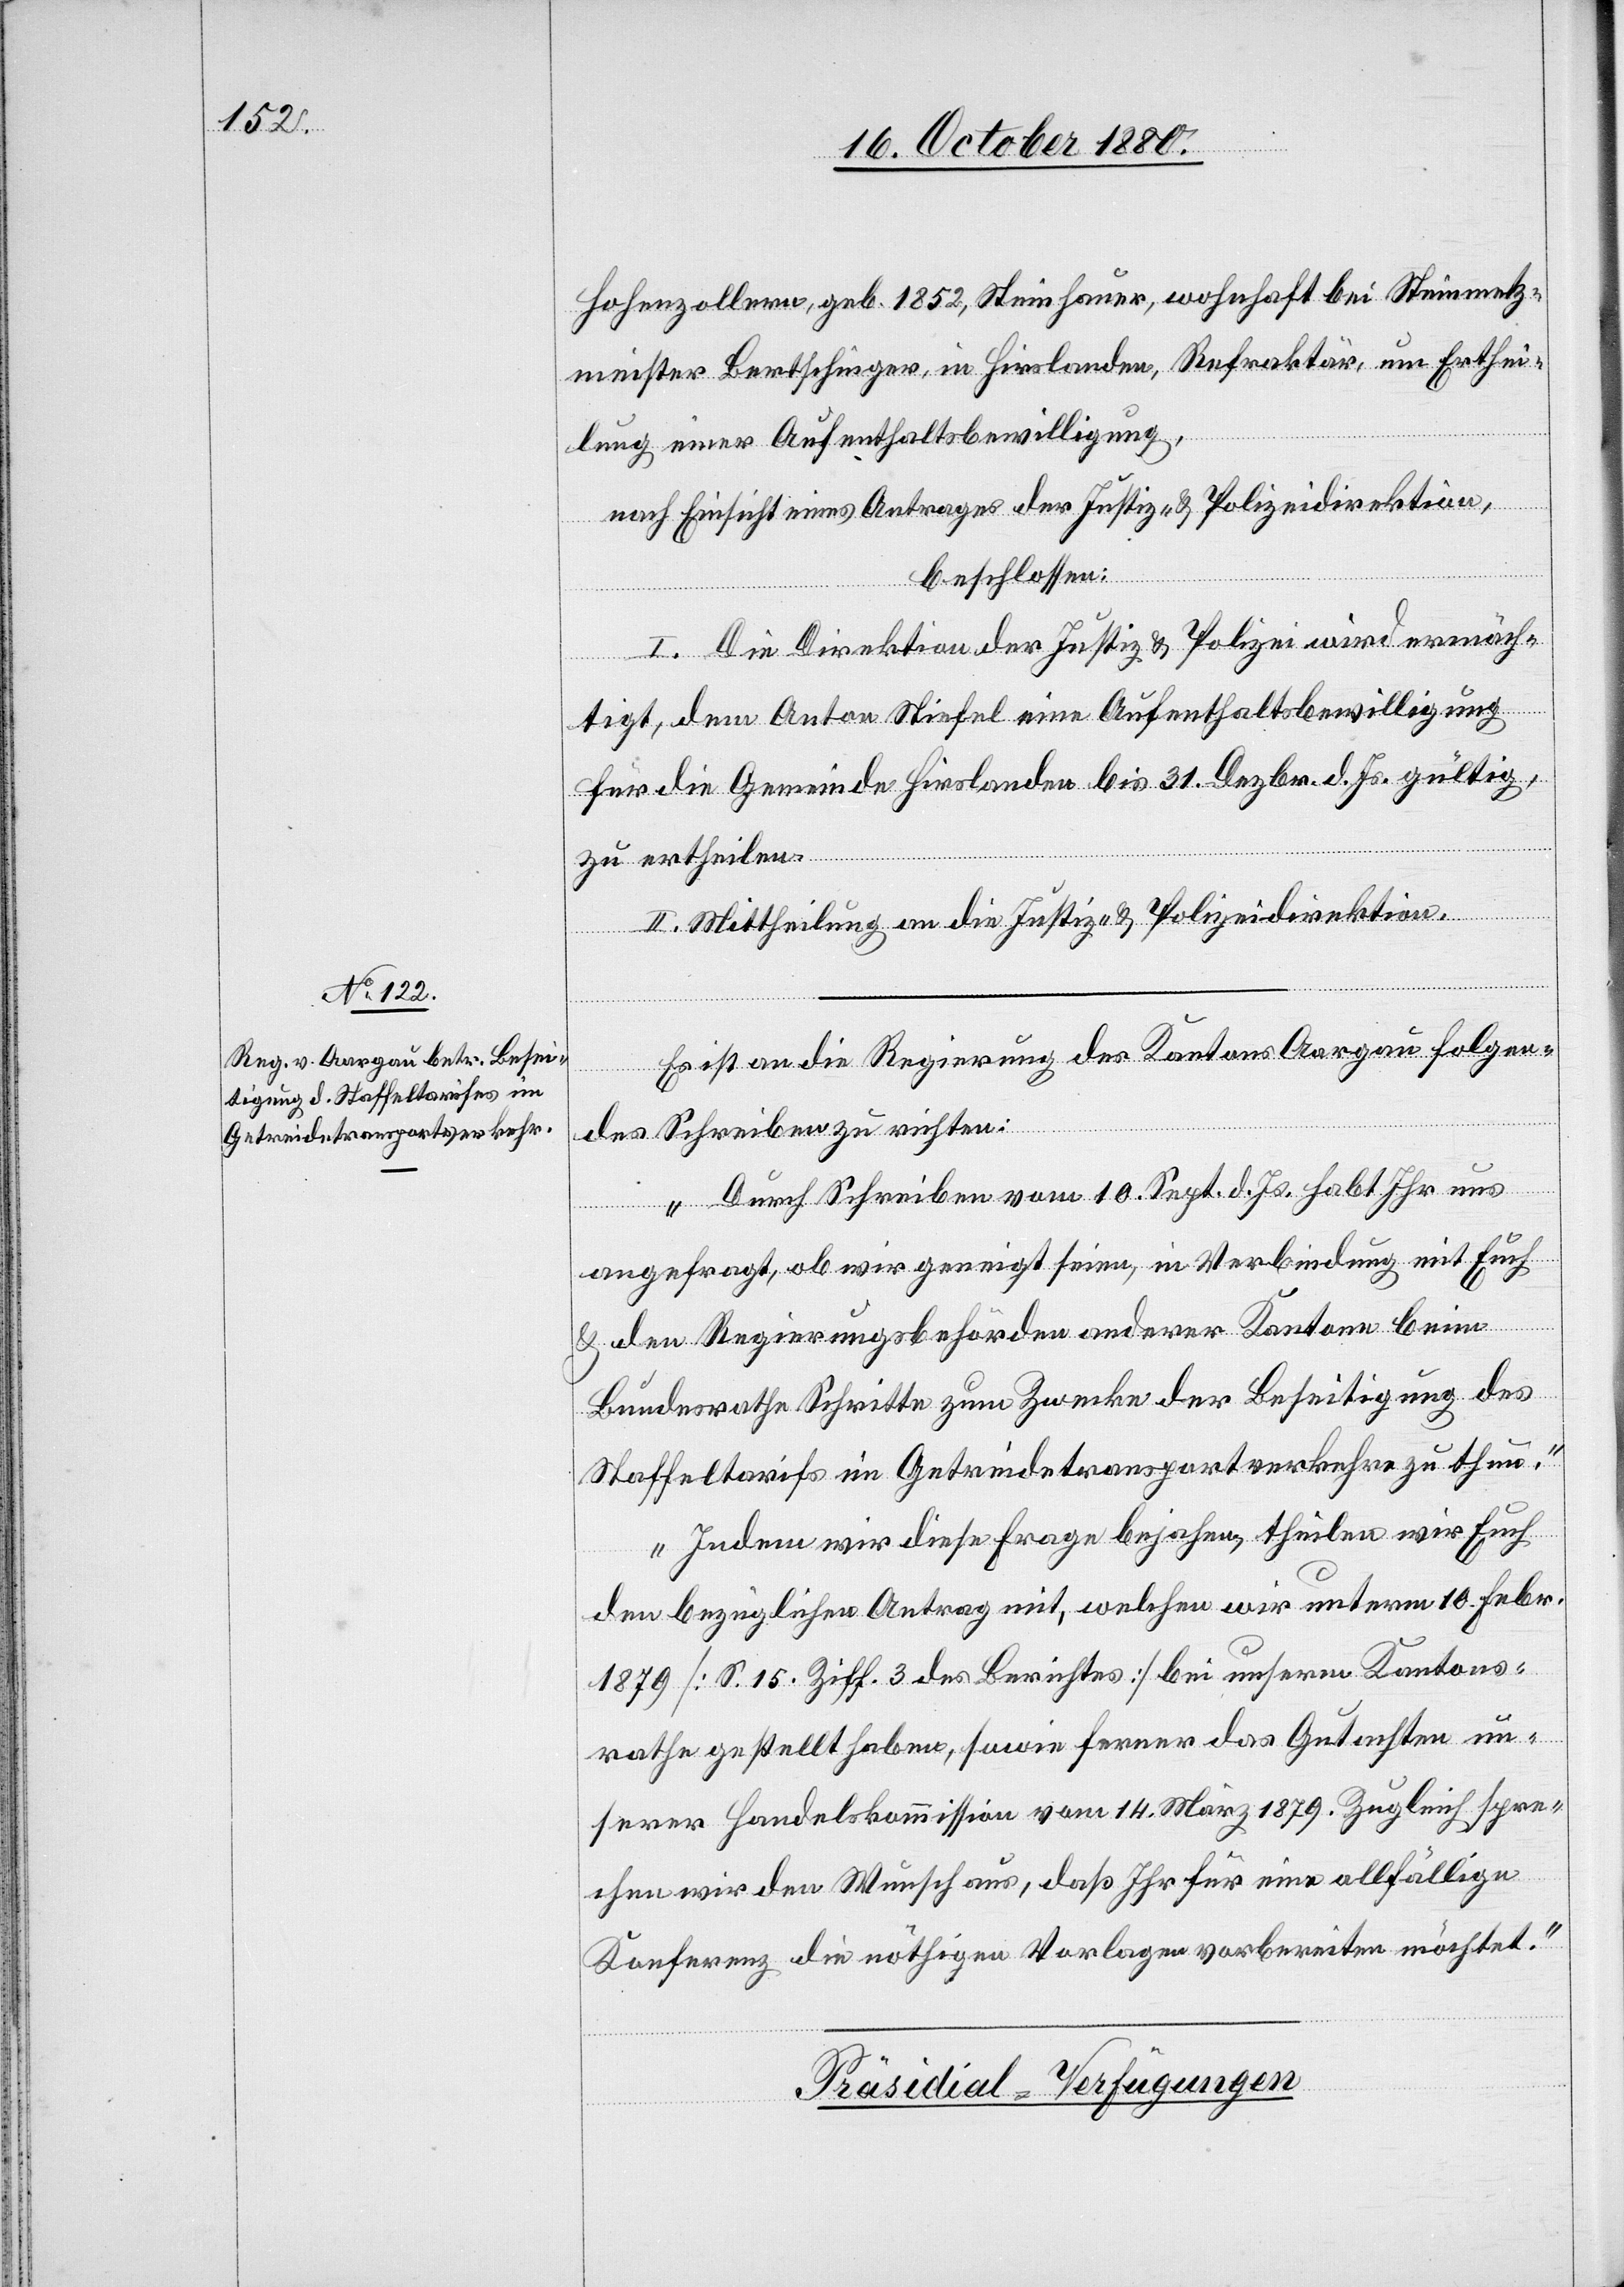
Hohenzollern, geb. 1852, Steinhauer, wohnhaft bei Steinmetz¬
meister Bertschinger, in Hirslanden, Refraktär um Erthei¬
lung einer Aufenthaltsbewilligung,
nach Einsicht eines Antrages der Justiz- & Polizeidirektion,
beschlossen:
I. Die Direktion der Justiz & Polizei wird ermäch¬
tigt, dem Anton Stiefel eine Aufenthaltsbewilligung
für die Gemeinde Hirslanden bis 31. Dezbr. d. Js. gültig,
zu ertheilen.
II. Mittheilung an die Justiz- & Polizeidirektion.
Es ist an die Regierung des Kantons Aargau folgen¬
des Schreiben zu richten:
„Durch Schreiben vom 10. Sept. d. Js. habt Ihr uns
angefragt, ob wir geneigt seien, in Verbindung mit Euch
& den Regierungsbehörden anderer Kantone beim
Bundesrathe Schritte zum Zwecke der Beseitigung des
Staffeltarifs im Getreidetransportverkehre zu thun.
Indem wir diese Frage bejahen, theilen wir Euch
den bezüglichen Antrag mit, welchen wir unterm 10. Febr.
1879 [S. 15. Ziff. 3 des Berichtes] bei unserm Kantons¬
rathe gestellt haben, sowie ferner das Gutachten un¬
serer Handelskommission vom 14. März 1879. Zugleich spre¬
chen wir den Wunsch aus, daß Ihr für eine allfällige
Konferenz die nöthigen Vorlagen vorbereiten möchtet.“
Präsidial-Verfügungen.